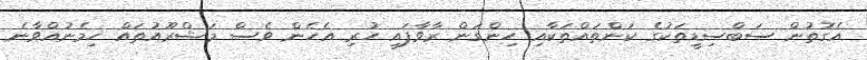
އެގޮތުން ސަބްސިޑީތަކުގެ ކަންތައްތަކާއި ހިންގަން ރާވާފައި ހުރި އެހެން ވެސް މަޝްރޫއުތައް ހިމެނުއްވާނެ